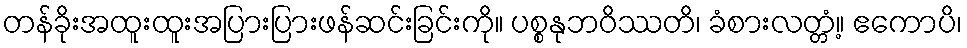
တန်ခိုးအထူးထူးအပြားပြားဖန်ဆင်းခြင်းကို။ ပစ္စနုဘဝိဿတိ၊ ခံစားလတ္တံ့။ ဧကောပိ၊